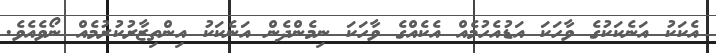
އެކަކު އަނެކަކުގެ ވާހަކަ އަޑުއެހުމެއް އެކެއްގެ ވާހަކަ ނިމެންދެން އަނެކަކު އިންތިޒާރުކުރުމެއް ނޯވެއެވެ.